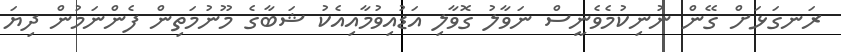
ރަނގަޅަށް ގޭން ނުނިކުމެވެނީސް ނަވާލު ގޮވާލި އަޑުއިވުމާއިއެކު ޝަބާގެ މޫނުމަތިން ފެންނަމުން ދިޔަ